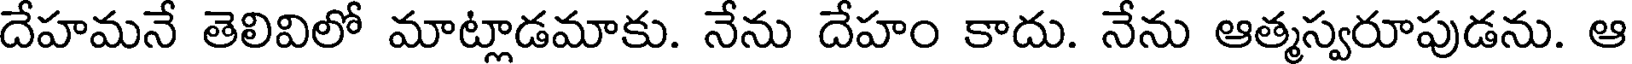
దేహమనే తెలివిలో మాట్లాడమాకు. నేను దేహం కాదు. నేను ఆత్మస్వరూపుడను. ఆ